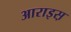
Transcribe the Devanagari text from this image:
आराइस़